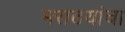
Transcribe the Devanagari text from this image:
मराठयांचा